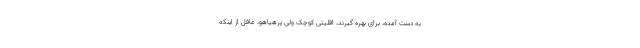
به دست آمده، برای بهره گیرند، اقلیتی کوچک ولی پرهیاهو، غافل از اینکه